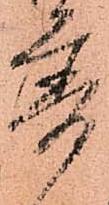
普